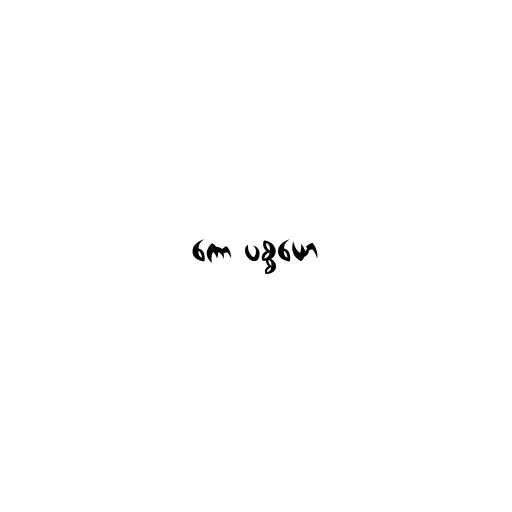
ကော ပစ္စယော